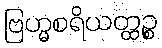
ဗြဟ္မစရိယတ္ထဉ္စ